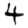
Digit: 4